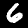
Digit: 6